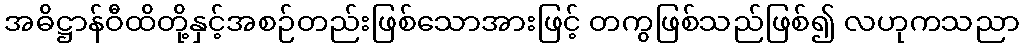
အဓိဋ္ဌာန်ဝီထိတို့နှင့်အစဉ်တည်းဖြစ်သောအားဖြင့် တကွဖြစ်သည်ဖြစ်၍ လဟုကသညာ